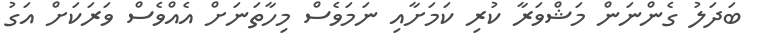
ބަދަލު ގެންނަން މަޝްވަރާ ކުރި ކަމަށާއި ނަމަވެސް މިހާތަނަށް އެއްވެސް ވަރަކަށް އަގު